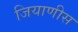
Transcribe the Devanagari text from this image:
जियाणीस